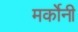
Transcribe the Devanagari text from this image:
मर्कोनी